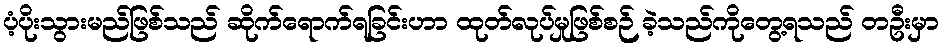
ပံ့ပိုးသွားမည်ဖြစ်သည် ဆိုက်ရောက်ရခြင်းဟာ ထုတ်လုပ်မှုဖြစ်စဉ် ခဲ့သည်ကိုတွေ့ရသည် တဦးမှာ